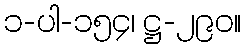
၁-ပါ-၁၅၄၊ ဋ္ဌ-၂၉၀။